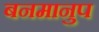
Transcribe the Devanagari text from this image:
बनमानुप